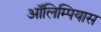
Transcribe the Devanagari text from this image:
ऑलिम्पियास